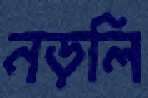
নড়লি